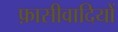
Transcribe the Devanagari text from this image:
फ़ासीवादियों